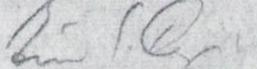
Eino S. Repo